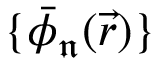
\{ \bar { \phi } _ { \mathfrak { n } } ( \vec { r } ) \}